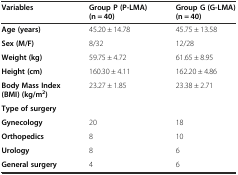
<table><thead><tr><td><b>Variables</b></td><td><b>Group P (P-LMA)(n = 40)</b></td><td><b>Group G (G-LMA)(n = 40)</b></td></tr></thead><tbody><tr><td><b>Age (years)</b></td><td>45.20 ± 14.78</td><td>45.75 ± 13.58</td></tr><tr><td><b>Sex (M/F)</b></td><td>8/32</td><td>12/28</td></tr><tr><td><b>Weight (kg)</b></td><td>59.75 ± 4.72</td><td>61.65 ± 8.95</td></tr><tr><td><b>Height (cm)</b></td><td>160.30 ± 4.11</td><td>162.20 ± 4.86</td></tr><tr><td><b>Body Mass Index (BMI) (kg/m</b><sup><b>2</b></sup><b>)</b></td><td>23.27 ± 1.85</td><td>23.38 ± 2.71</td></tr><tr><td colspan="3"><b>Type of surgery</b></td></tr><tr><td><b>Gynecology</b></td><td>20</td><td>18</td></tr><tr><td><b>Orthopedics</b></td><td>8</td><td>10</td></tr><tr><td><b>Urology</b></td><td>8</td><td>6</td></tr><tr><td><b>General surgery</b></td><td>4</td><td>6</td></tr></tbody></table>